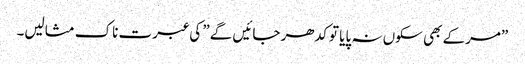
”مرکے بھی سکوں نہ پایا تو کدھر جائیں گے” کی عبرت ناک مثالیں۔